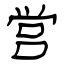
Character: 営